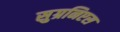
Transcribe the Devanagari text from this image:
सुग्रनिएस